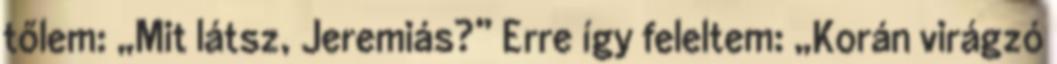
tőlem: „Mit látsz, Jeremiás?” Erre így feleltem: „Korán virágzó